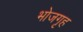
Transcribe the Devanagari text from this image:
भोजगृह